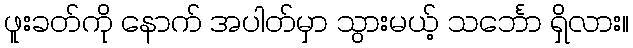
ဖူးခတ်ကို နောက် အပါတ်မှာ သွားမယ့် သင်္ဘော ရှိလား။